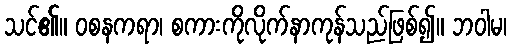
သင်၏။ ဝစနကရာ၊ စကားကိုလိုက်နာကုန်သည်ဖြစ်၍။ ဘဝါမ၊